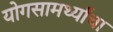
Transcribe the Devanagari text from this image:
योगसामर्थ्यांचा